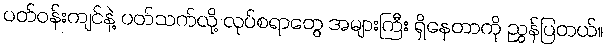
ပတ်ဝန်းကျင်နဲ့ ပတ်သက်လို့ လုပ်စရာတွေ အများကြီး ရှိနေတာကို ညွှန်ပြတယ်။